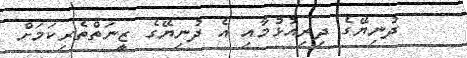
ދުނިޔޭގެ ދިރިއުޅުމާއި އެ ދުނިޔޭގެ ޒީނަތްތެރިކަމަށް